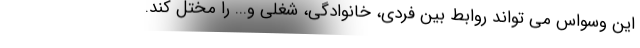
این وسواس می تواند روابط بین فردی، خانوادگی، شغلی و... را مختل کند.